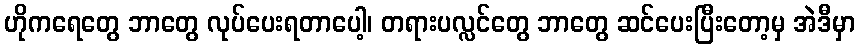
ဟိုကရေတွေ ဘာတွေ လုပ်ပေးရတာပေါ့၊ တရားပလ္လင်တွေ ဘာတွေ ဆင်ပေးပြီးတော့မှ အဲဒီမှာ